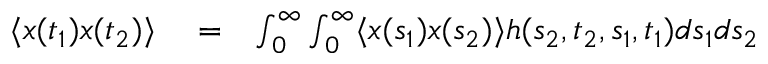
\begin{array} { r l r } { \langle x ( t _ { 1 } ) x ( t _ { 2 } ) \rangle } & { { } = } & { \int _ { 0 } ^ { \infty } \int _ { 0 } ^ { \infty } \langle x ( s _ { 1 } ) x ( s _ { 2 } ) \rangle h ( s _ { 2 } , t _ { 2 } , s _ { 1 } , t _ { 1 } ) d s _ { 1 } d s _ { 2 } } \end{array}